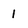
Character: 1